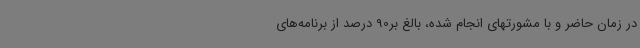
در زمان حاضر و با مشورتهای انجام شده، بالغ بر90 درصد از برنامه‌های